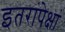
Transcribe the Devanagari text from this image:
इतरांपेक्षां